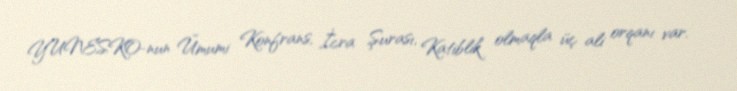
YUNESKO-nun Ümumi Konfrans, İcra Şurası, Katiblik olmaqla üç ali orqanı var.